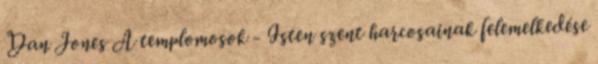
Dan Jones A templomosok - Isten szent harcosainak felemelkedése